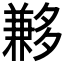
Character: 𡗄